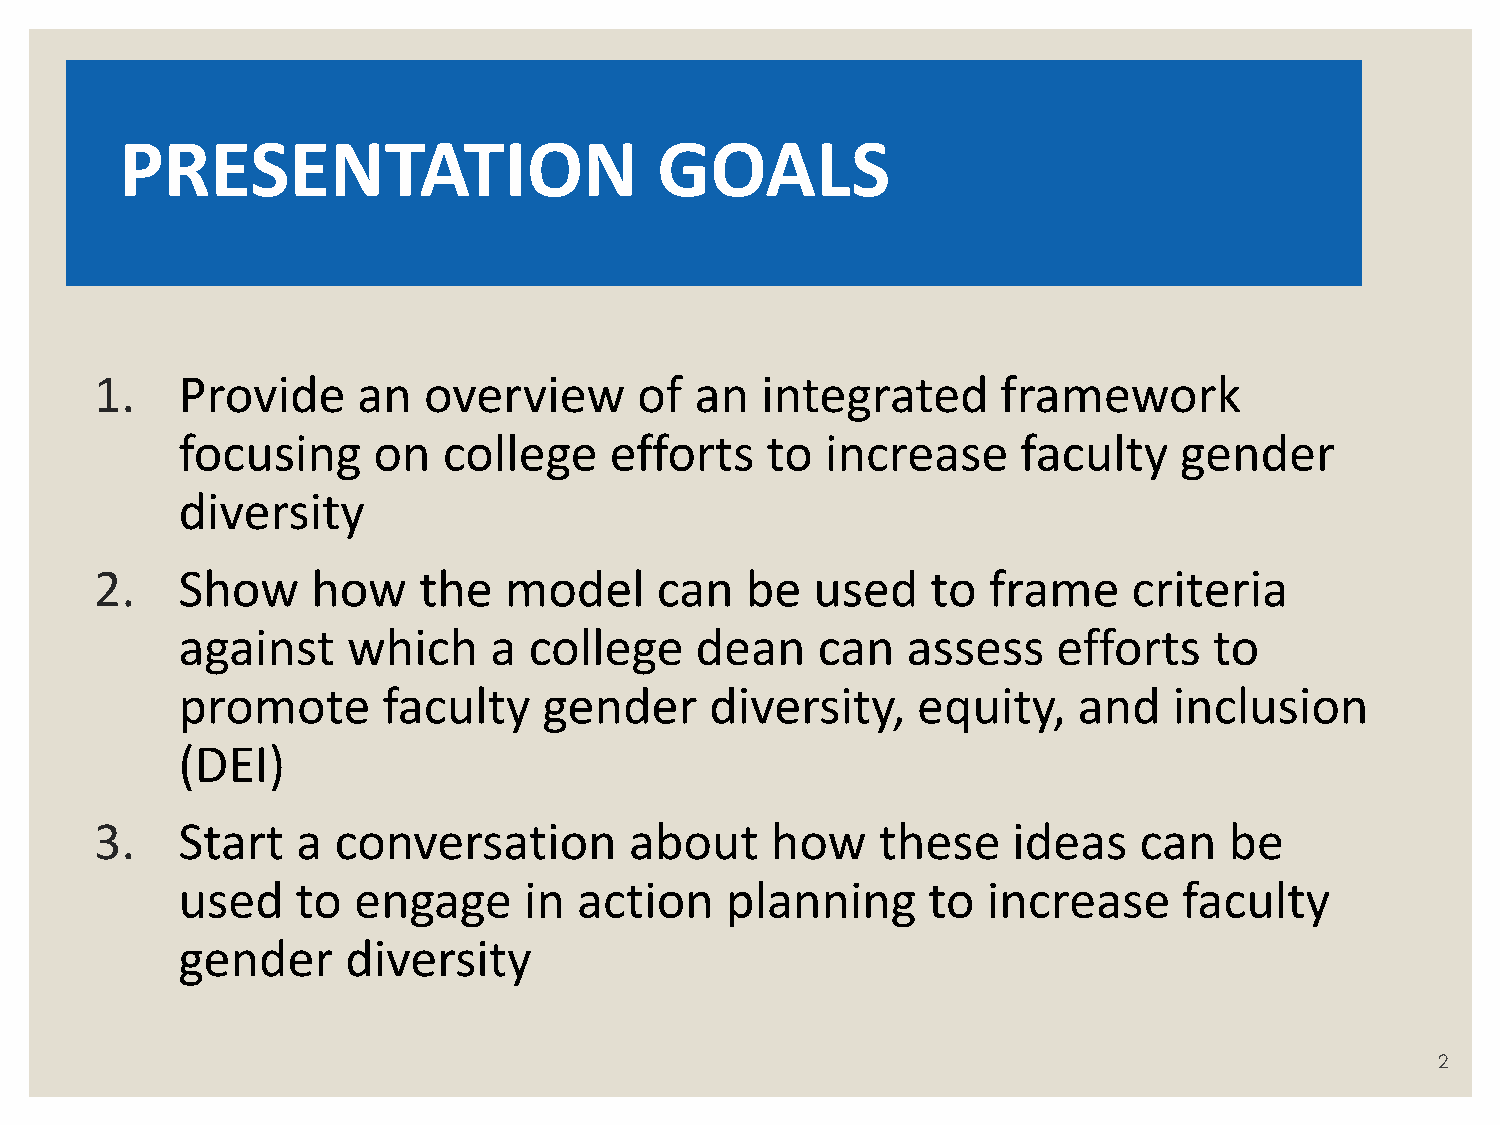
PRESENTATION                        GOALS
 1.    Provide     an  overview      of  an  integrated      framework
 focusing     on  college    efforts    to  increase     faculty   gender
 diversity
 2.    Show     how    the  model     can   be   used    to frame     criteria
 against    which    a  college    dean    can   assess    efforts   to
 promote      faculty    gender     diversity,    equity,   and    inclusion
 (DEI)
 3.    Start   a conversation        about    how    these    ideas   can   be
 used    to engage      in action    planning     to  increase     faculty
 gender     diversity
 2